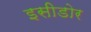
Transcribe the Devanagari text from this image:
इसीडोर